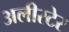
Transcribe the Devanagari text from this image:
अलीस्टेर